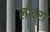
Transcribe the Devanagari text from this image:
लीवरो